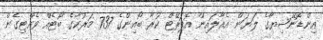
އިންޑޮނޭޝިޔާގެ ލަޔަން އެއާލައިން އޮޕަރޭޓް ކުރާ ބޯއިންގެ 737 މަރުކާގެ ބޯޓެއް ވެއްޓިގެން